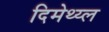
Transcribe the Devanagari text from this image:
दिमेथ्य्ल